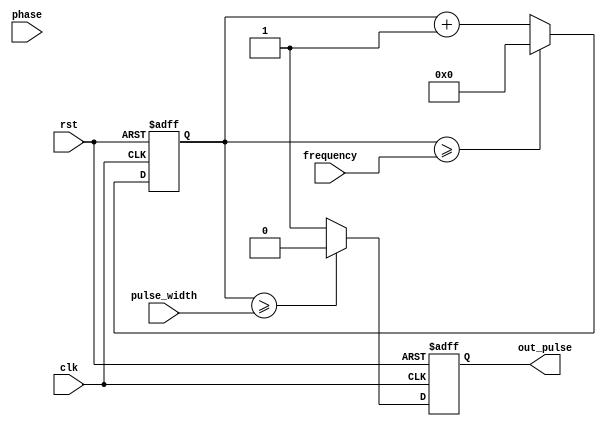
module pulse_generator(
    input wire clk,
    input wire rst,
    input wire [7:0] pulse_width,
    input wire [7:0] frequency,
    input wire [7:0] phase,
    output reg out_pulse
);

reg [7:0] counter;
reg [7:0] delay_counter;
reg [7:0] phase_counter;

always @(posedge clk or posedge rst) begin
    if(rst) begin
        counter <= 8'h0;
        delay_counter <= 8'h0;
        phase_counter <= 8'h0;
        out_pulse <= 1'b0;
    end else begin
        if(counter >= pulse_width) begin
            out_pulse <= 1'b0;
        end else begin
            out_pulse <= 1'b1;
        end
        
        counter <= counter + 1;
        if(counter >= frequency) begin
            counter <= 8'h0;
        end
        
        if(delay_counter >= phase) begin
            delay_counter <= 8'h0;
            phase_counter <= phase_counter + 1;
        end else begin
            delay_counter <= delay_counter + 1;
        end
    end
end

endmodule